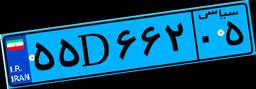
۸۹D۳۳۸۱۷